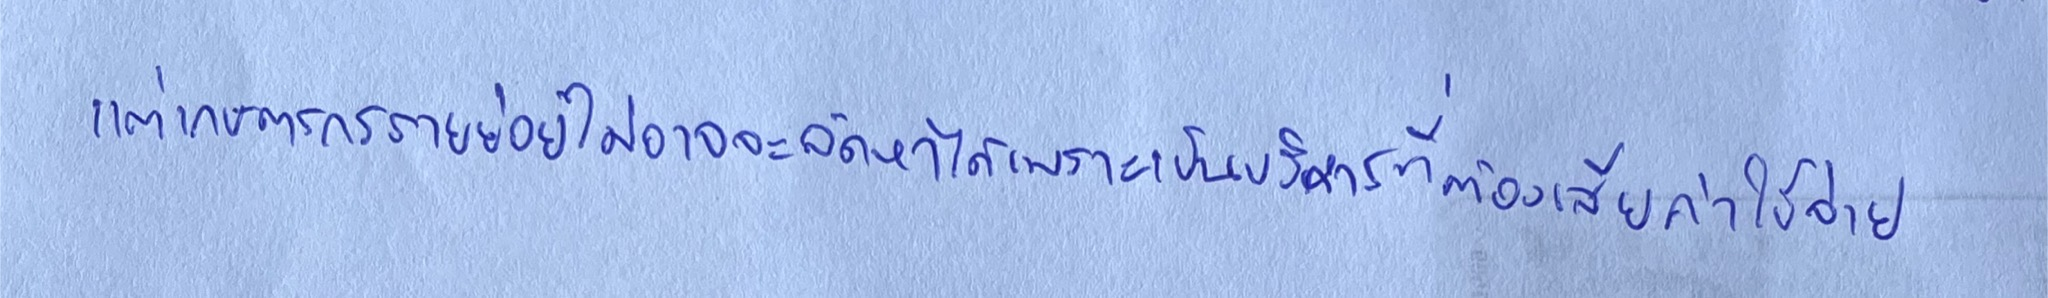
แต่เกษตรกรรายย่อยไม่อาจจะจัดหาได้เพราะเป็นบริการที่ต้องเสียค่าใช้จ่าย